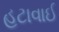
હટાવાઈ